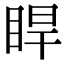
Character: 睅